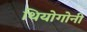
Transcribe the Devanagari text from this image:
थियोगोनी